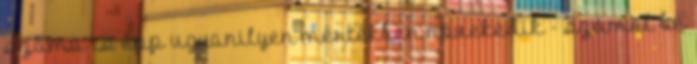
száma is épp ugyanilyen mértékben növekedik - számol be